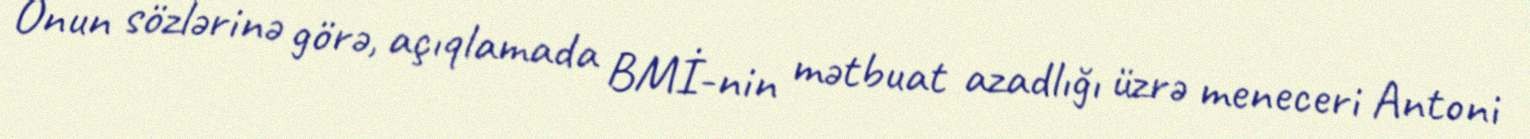
Onun sözlərinə görə, açıqlamada BMİ-nin mətbuat azadlığı üzrə meneceri Antoni